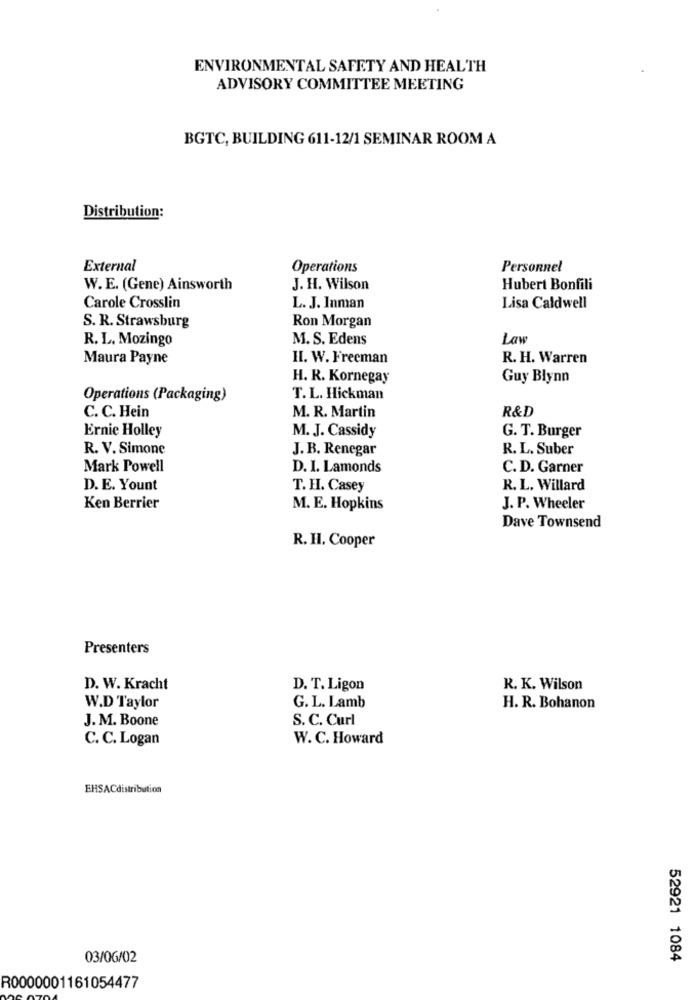
ENVIRONMENTAL SAFETY AND HEALTH
ADVISORY COMMITTEE MEETING
BGTC, BUILDING 611-12/1 SEMINAR ROOM A
Distribution:
External
Operations
Personnel
W. E. (Gene) Ainsworth
J. H. Wilson
Hubert Bonfili
Carole Crosslin
L. J. Inman
Lisa Caldwell
Ron Morgan
S. R. Strawsburg
R. L. Mozingo
M. S. Edens
Law
Maura Payne
II. W. Freeman
R. H. Warren
H. R. Kornegay
Guy Blynn
Operations (Packaging)
T. L. Hickman
R&D
C. C. Hein
M. R. Martin
Ernie Holley
M. J. Cassidy
G. T. Burger
R. V. Simone
J. B. Renegar
R. L. Suber
Mark Powell
D. I. Lamonds
C. D. Garner
D. E. Yount
T. H. Casey
R. L. Willard
Ken Berrier
M. E. Hopkins
J. P. Wheeler
Dave Townsend
R. H. Cooper
Presenters
D. W. Kracht
D. T. Ligon
R. K. Wilson
W.D Taylor
G. L. Lamb
H. R. Bohanon
J. M. Boone
S. C. Curl
C. C. Logan
W. C. Howard
EHSACdistribution
03/06/02
52921 1084
R0000001161054477